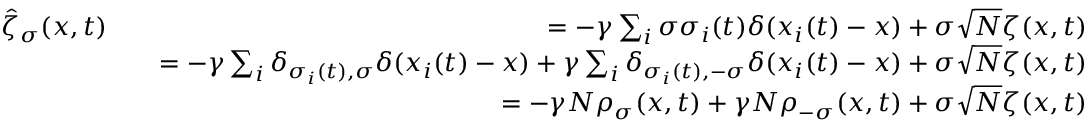
\begin{array} { r l r } { \hat { \zeta } _ { \sigma } ( x , t ) } & { } & { = - \gamma \sum _ { i } \sigma \sigma _ { i } ( t ) \delta ( x _ { i } ( t ) - x ) + \sigma \sqrt { N } \zeta ( x , t ) } \\ & { } & { = - \gamma \sum _ { i } \delta _ { \sigma _ { i } ( t ) , \sigma } \delta ( x _ { i } ( t ) - x ) + \gamma \sum _ { i } \delta _ { \sigma _ { i } ( t ) , - \sigma } \delta ( x _ { i } ( t ) - x ) + \sigma \sqrt { N } \zeta ( x , t ) } \\ & { } & { = - \gamma N \rho _ { \sigma } ( x , t ) + \gamma N \rho _ { - \sigma } ( x , t ) + \sigma \sqrt { N } \zeta ( x , t ) } \end{array}